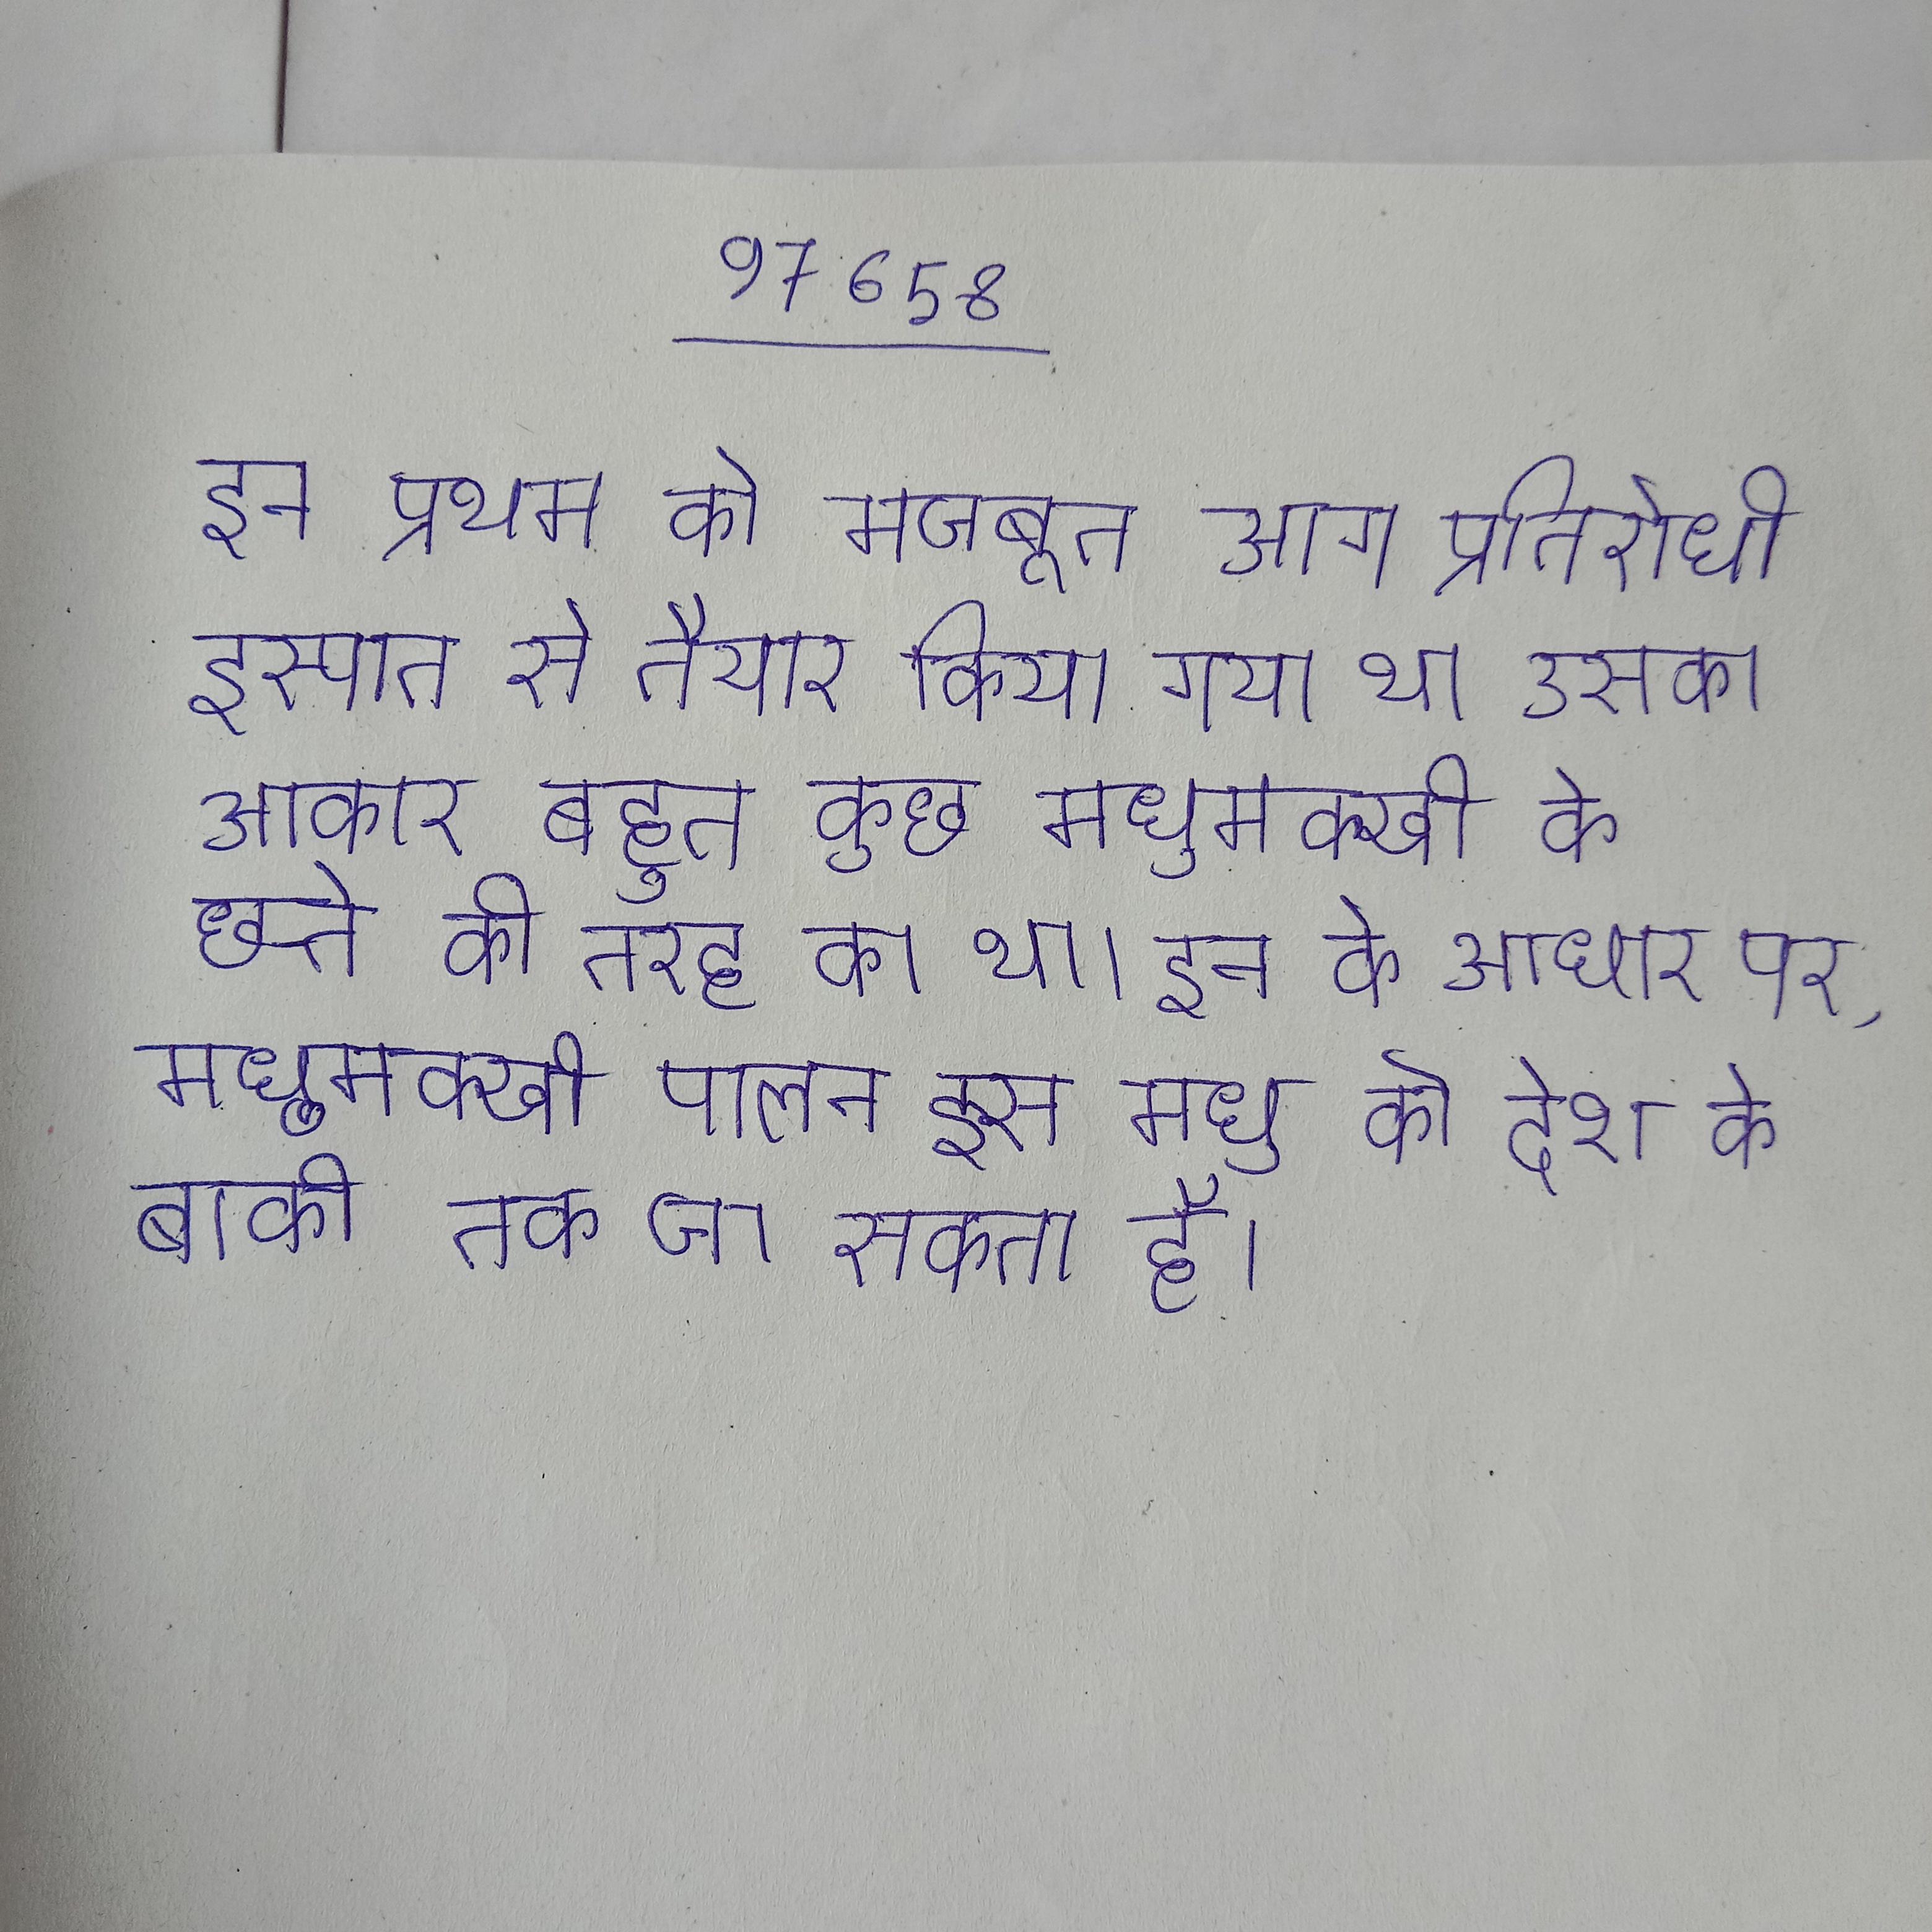
इन प्रथम को मजबूत आग प्रतिरोधी इस्पात से तैयार किया गया था उसका आकार बहुत कुछ मधुमक्खी के छत्ते की तरह का था । इन के आधार पर, मधुमक्खी पालन इस मधु को देश के बाकी तक जा सकता है ।